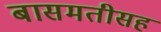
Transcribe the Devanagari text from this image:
बासमतीसह